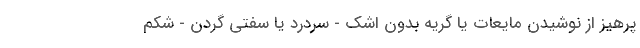
پرهیز از نوشیدن مایعات یا گریه بدون اشک - سردرد یا سفتی گردن - شکم